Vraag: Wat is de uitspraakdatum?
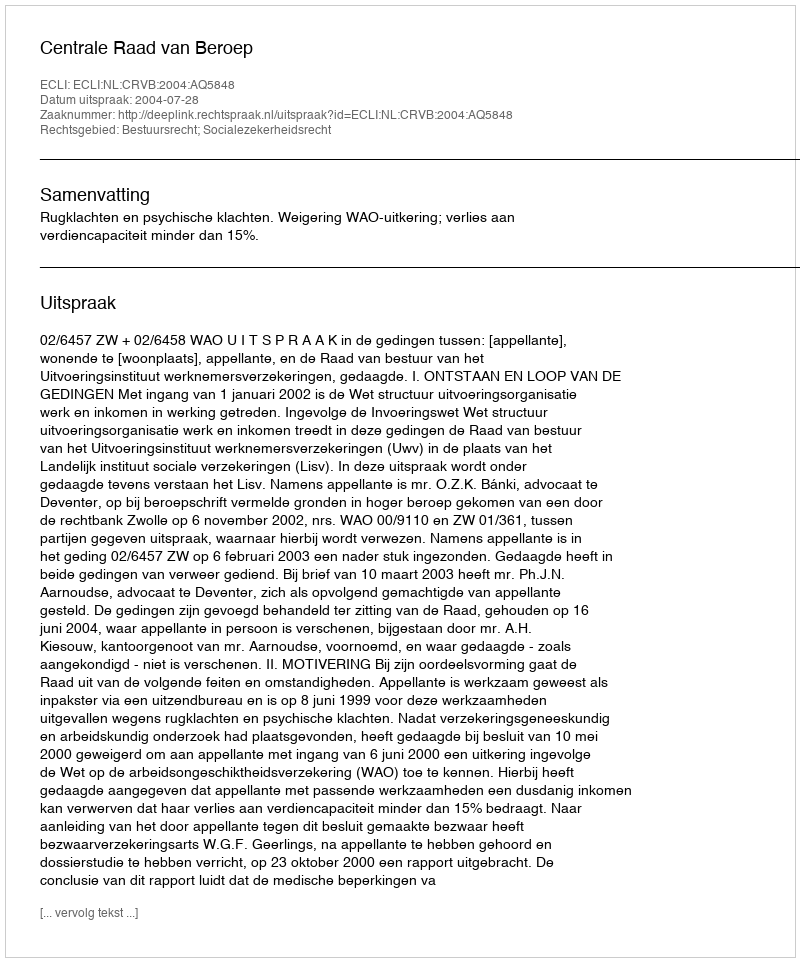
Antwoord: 2004-07-28